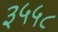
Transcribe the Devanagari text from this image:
३५५८